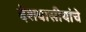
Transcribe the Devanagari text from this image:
देशवासीयांचे